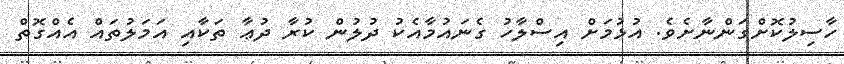
ހާސިލުކޮށްގަންނާށެވެ. އުޅުމަށް އިސްލާހު ގެނައުމާއެކު ދުލުން ކުރާ ދުޢާ ތަކާއި އަމަލުތައް އެއްގޮތް